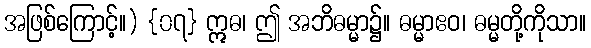
အဖြစ်ကြောင့်။) {၀၇} ဣဓ၊ ဤ အဘိဓမ္မာ၌။ ဓမ္မာဧဝ၊ ဓမ္မတို့ကိုသာ။